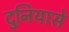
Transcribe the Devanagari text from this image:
दुनियासे